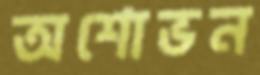
অশোভন